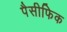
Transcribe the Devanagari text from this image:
पैसीफिक